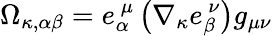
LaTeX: \Omega_{\kappa,\alpha\beta}=e_{\alpha}^{\ \mu}\left(\nabla_{\kappa}e_{\beta}^{\ \nu}\right)g_{\mu\nu}